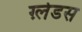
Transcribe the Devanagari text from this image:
ग़्लेडस